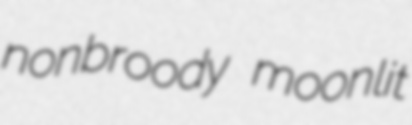
nonbroody moonlit